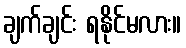
ချက်ချင်း ရနိုင်မလား။